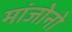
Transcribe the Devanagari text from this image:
मांजोनो